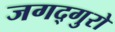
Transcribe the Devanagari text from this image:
जगद्गुरो